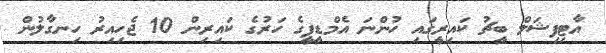
އާޓިފިޝަލް ބީޗު ކައިރީގައި ހުންނަ އެމްޑީޕީގެ ހަރުގެ ކައިރިން 10 ޖެހިއިރު ހިނގާލުން